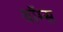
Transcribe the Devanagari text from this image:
थॉम्स